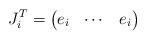
LaTeX: \begin{align*} J_i^T = \begin{pmatrix} e_i & \cdots & e_i \end{pmatrix}\end{align*}